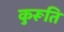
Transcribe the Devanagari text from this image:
कुरूति